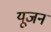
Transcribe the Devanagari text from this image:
यूजन